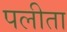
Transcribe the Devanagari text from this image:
पलीता